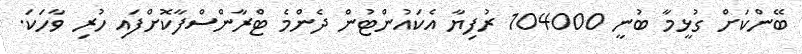
ބޭންކަށް ގުޅީމާ ބުނީ 104000 ރުފިޔާ އެކައުންޓުން ދެންމެ ޓްރާންސްފާކޮށްފައި ހުރި ވާހަކަ.